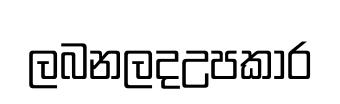
ලබනලදඋපකාර